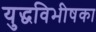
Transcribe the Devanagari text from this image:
युद्धविभीषका